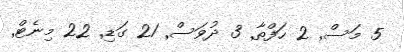
5 މަސް